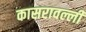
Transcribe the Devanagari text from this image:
कासरावल्ली